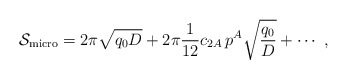
\begin{align*}{\cal S}_{\rm micro}=2\pi\sqrt{q_0 D}+2 \pi {1\over 12}c_{2A}\,p^A\sqrt{{q_0\over D}} + \cdots \ ,\end{align*}